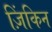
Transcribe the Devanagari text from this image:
ज़िंकिन